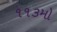
૧૧૩મો